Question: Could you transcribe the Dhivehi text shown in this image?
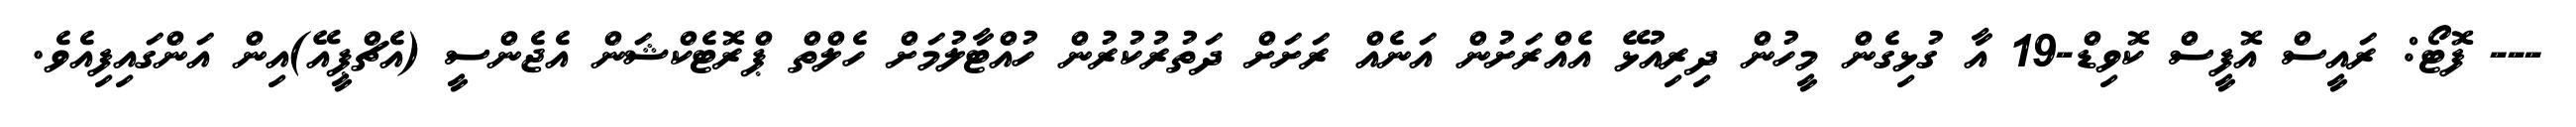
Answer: --- ފޮޓޯ: ރައީސް އޮފީސް ކޮވިޑް-19 އާ ގުޅިގެން މީހުން ދިރިއުޅޭ އެއްރަށުން އަނެއް ރަށަށް ދަތުރުކުރުން ހުއްޓާލުމަށް ހެލްތް ޕްރޮޓެކްޝަން އެޖެންސީ (އެޗްޕީއޭ)އިން އަންގައިފިއެވެ.